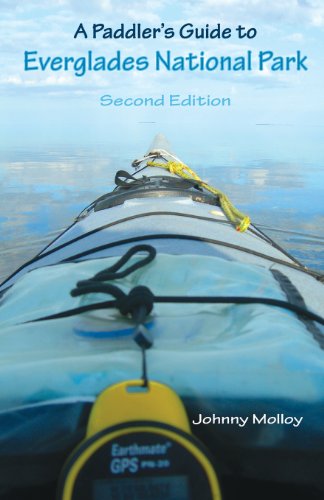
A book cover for Paddler's Guide to Everglades National Park; Johnny Molloy; Sports & Outdoors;